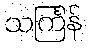
သင်္ကြန်